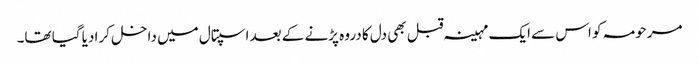
مرحومہ کو اس سے ایک مہینہ قبل بھی دل کا دروہ پڑنے کے بعد اسپتال میں داخل کرا دیا گیا تھا۔